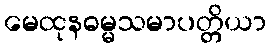
မေထုနဓမ္မသမာပတ္တိယာ